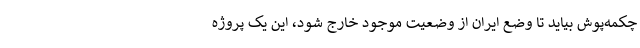
چکمه‌پوش بیاید تا وضع ایران از وضعیت موجود خارج شود، این یک پروژه